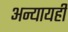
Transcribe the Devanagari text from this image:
अन्यायही